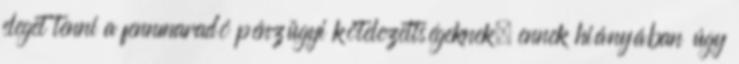
eleget tenni a fennmaradó pénzügyi kötelezettségeknek, ennek hiányában úgy